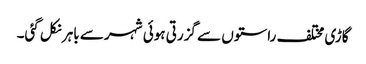
گاڑی مختلف راستوں سے گزرتی ہوئی شہر سے باہر نکل گئی۔